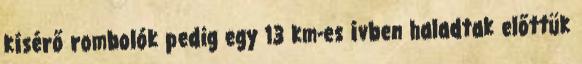
kísérő rombolók pedig egy 13 km-es ívben haladtak előttük